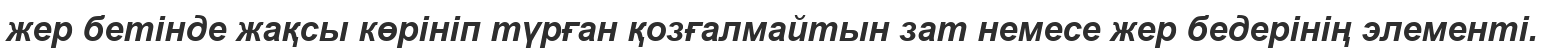
жер бетінде жақсы көрініп түрған қозғалмайтын зат немесе жер бедерінің элементі.